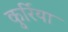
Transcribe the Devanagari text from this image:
कुर्रिया